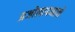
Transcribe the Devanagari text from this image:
प्रजोत्पादनाने